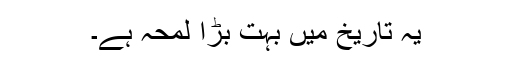
یہ تاریخ میں بہت بڑا لمحہ ہے۔